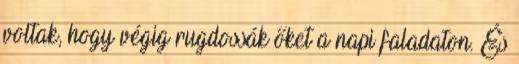
voltak, hogy végig rugdossák őket a napi faladaton. És